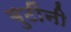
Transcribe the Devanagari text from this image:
बुटींनी